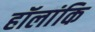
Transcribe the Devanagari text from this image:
हॉलांकि